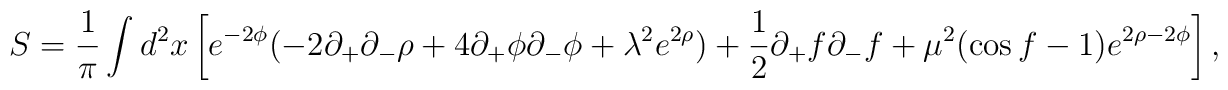
S = \frac{1}{\pi} \int d^2x \left[e^{-2\phi}(-2\partial_+\partial_-\rho +4\partial_+\phi\partial_-\phi+\lambda^2 e^{2\rho})+\frac{1}{2}\partial_+f\partial_-f+\mu^2(\cos f-1)e^{2\rho-2\phi} \right],